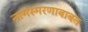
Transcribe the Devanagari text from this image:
नामस्मरणाबाबत